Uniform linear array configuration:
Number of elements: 32
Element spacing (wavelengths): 0.25
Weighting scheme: binomial
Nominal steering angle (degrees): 30
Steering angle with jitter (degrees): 31.76
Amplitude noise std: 0.05
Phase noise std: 0.05

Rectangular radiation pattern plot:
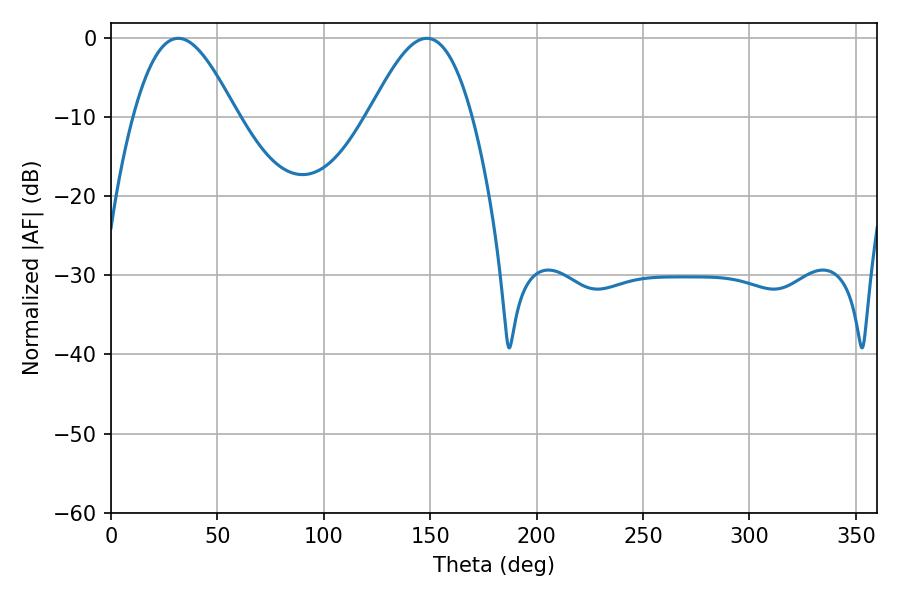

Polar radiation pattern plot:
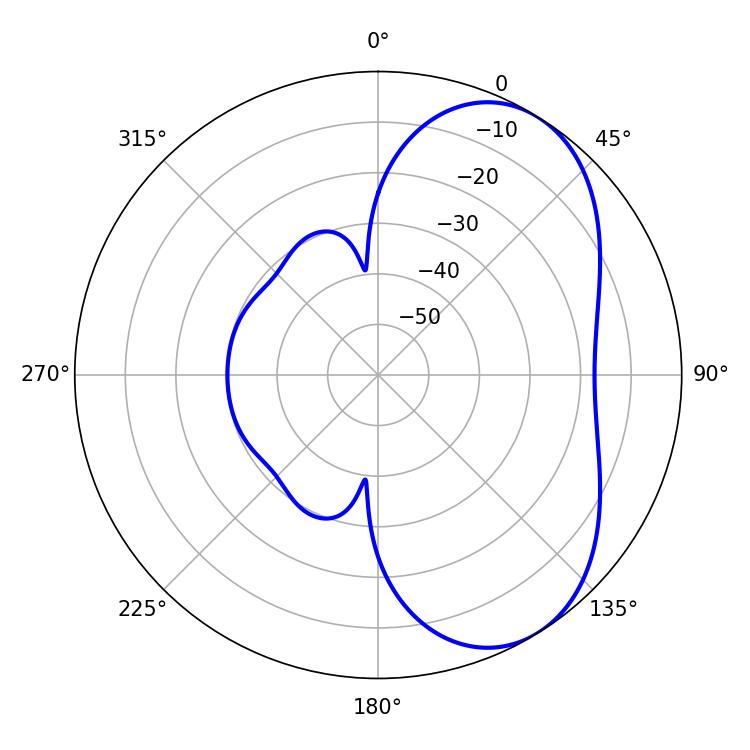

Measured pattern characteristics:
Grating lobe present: FALSE
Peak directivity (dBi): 5.519
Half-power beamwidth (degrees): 25.92
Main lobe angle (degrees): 31.68